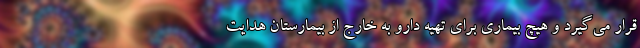
قرار می‌گیرد و هیچ بیماری برای تهیه دارو به خارج از بیمارستان هدایت